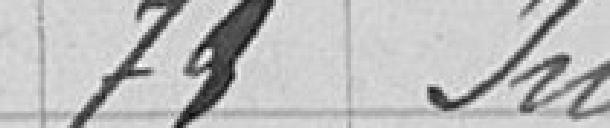
79